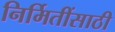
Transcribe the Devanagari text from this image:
निर्मितींसाठी